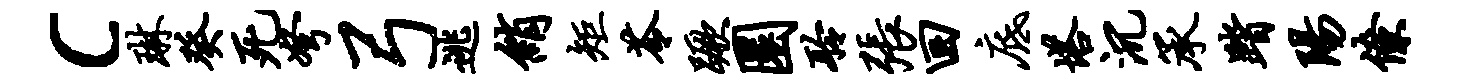
c琳癸死弩弓逃绡矩苓蹶圜聆张回底塔沉承踏阳僚